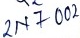
Text: 2N7002